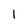
Character: 1